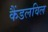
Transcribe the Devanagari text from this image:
कैंडलविल